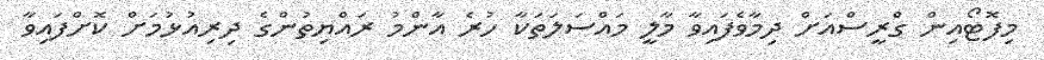
މިފޮޓޯއިން ގްރީސްއަށް ދިމާވެފައިވާ މާލީ މައްސަލަތަކާ ހުރެ އާންމު ރައްޔިތުންގެ ދިރިއުޅުމަށް ކޮށްފައިވާ